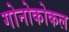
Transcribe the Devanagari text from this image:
गोनोकोकल